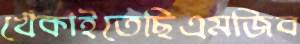
খেঁকাইতেছিএমজিব